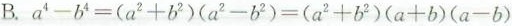
B. $$a ^ { 4 } - b ^ { 4 } = ( a ^ { 2 } + b ^ { 2 } ) ( a ^ { 2 } - b ^ { 2 } ) = ( a ^ { 2 } + b ^ { 2 } ) ( a + b ) ( a - b )$$